Indian journal of veterinary science and animal husbandry - Volume 4,
Year: 1934
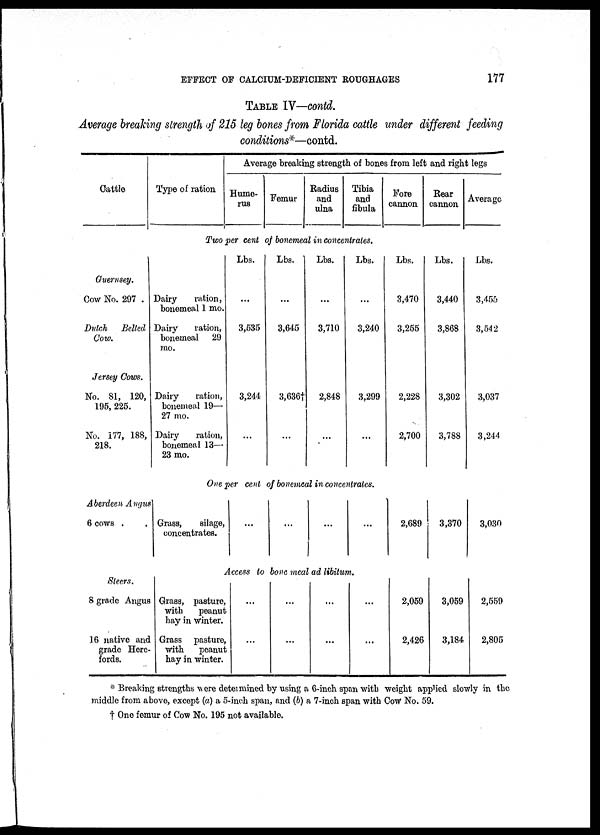
EFFECT OF CALCIUM-DEFICIENT ROUGHAGES
177
TABLE IV—contd.
Average breaking strength of 215 leg bones from Florida cattle under different feeding
conditions*—contd.
Cattle
Type of ration
Average breaking strength of bones from left and right legs
Hume-
rus
Femur
Radius
and
ulna
Tibia
and
fibula
Fore
cannon
Rear
cannon
Average
Two per cent of bonemeal in concentrates.
Guernsey.
Cow No. 297 .
Dutch Belted
Cow.
Jersey Cows.
No. 81, 120,
195, 225.
No. 177, 188,
218.
Dairy
ration,
bonemeal 1 mo.
Dairy
ration,
bonemeal 29
mo.
Dairy
ration,
bonemeal 19—
27 mo.
Dairy
ration,
bonemeal 13—
23 mo.
Lbs.
...
3,535
3,244
...
Lbs.
...
3,645
3,636†
...
Lbs.
...
3,710
2,848
...
Lbs.
...
3,240
3,299
...
Lbs.
3,470
3,255
2,228
2,700
Lbs.
3,440
3,868
3,302
3,788
Lbs.
3,455
3,542
3,037
3,244
One per cent of bonemeal in concentrates.
Aberdeen Angus
6 cows . .
Grass,
silage,
concentrates.
...
...
...
...
2,689
3,370
3,030
Access to bone meal ad libitum.
Steers.
8 grade Angus
16 native and
grade Here-
fords.
Grass, pasture,
with
peanut
hay in Winter.
Grass pasture,
with peanut
hay in winter.
...
...
...
...
...
...
...
...
2,059
2,426
3,059
3,184
2,559
2,805
* Breaking strengths were determined by using a 6-inch span with weight applied slowly in the
middle from above, except (a) a 5-inch span, and (b) a 7-inch span with Cow No. 59.
† One femur of Cow No. 195 not available.